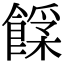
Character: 𩝰